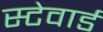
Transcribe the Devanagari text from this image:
स्टेवार्ड